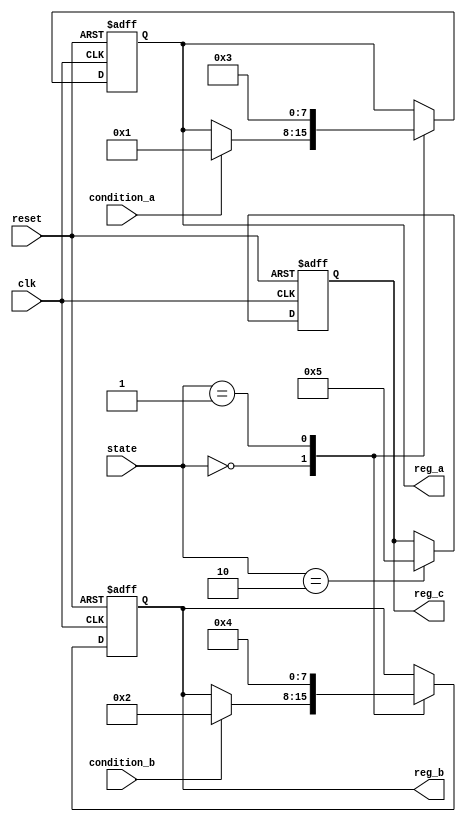
module conditional_initialization #(
    parameter INIT_VALUE = 8'h00,  // Default initialization value
    parameter STATE_A = 2'b00,     // Define states
    parameter STATE_B = 2'b01,
    parameter STATE_C = 2'b10
)(
    input wire clk,                 // Clock signal
    input wire reset,               // Reset signal
    input wire [1:0] state,        // Current operational state
    input wire condition_a,         // Condition for initialization
    input wire condition_b,         // Another condition for initialization
    output reg [7:0] reg_a,         // Register A
    output reg [7:0] reg_b,         // Register B
    output reg [7:0] reg_c          // Register C
);

    // Sequential block for initialization
    always @(posedge clk or posedge reset) begin
        if (reset) begin
            // Complete reinitialization on reset
            reg_a <= INIT_VALUE;
            reg_b <= INIT_VALUE;
            reg_c <= INIT_VALUE;
        end else begin
            // Conditional initialization based on state and conditions
            case (state)
                STATE_A: begin
                    if (condition_a) begin
                        reg_a <= 8'h01; // Initialize reg_a with specific value
                    end
                    if (condition_b) begin
                        reg_b <= 8'h02; // Initialize reg_b with specific value
                    end
                end
                STATE_B: begin
                    reg_a <= 8'h03; // Initialize reg_a for STATE_B
                    reg_b <= 8'h04; // Initialize reg_b for STATE_B
                end
                STATE_C: begin
                    reg_c <= 8'h05; // Initialize reg_c for STATE_C
                end
                default: begin
                    // Default behavior (if needed)
                    reg_a <= reg_a; // Retain current value
                    reg_b <= reg_b; // Retain current value
                    reg_c <= reg_c; // Retain current value
                end
            endcase
        end
    end

endmodule